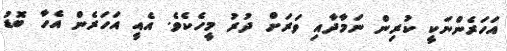
އަހަރެންނަކީ ކުރިން ނަމާާދާއި ވަރަށް ދުރު މީހެކެވެ. އެއީ އަހަރެން އެހާ ބޮޑު